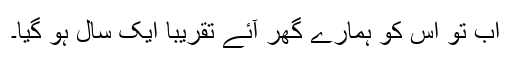
اب تو اس کو ہمارے گھر آئے تقریباً ایک سال ہو گیا۔